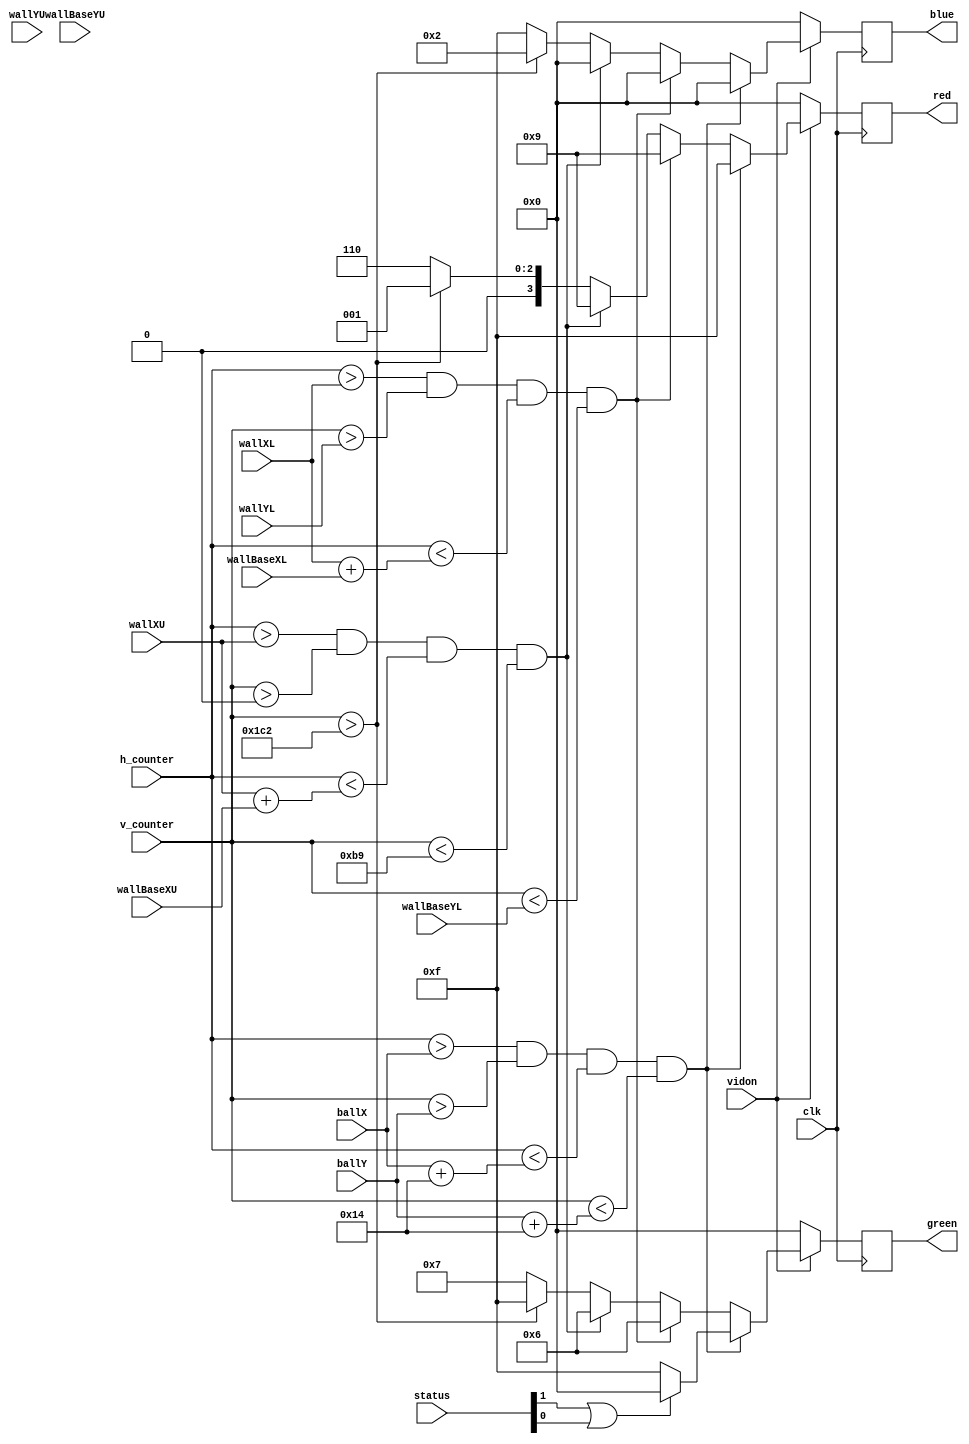
`timescale 1ns / 1ps
//////////////////////////////////////////////////////////////////////////////////
// Company: 
// Engineer: 
// 
// Design Name: 
// Module Name:    renderer 
// Project Name: 
// Target Devices: 
// Tool versions: 
// Description: 
//
// Dependencies: 
//
// Revision: 
// Revision 0.01 - File Created (vga_stripes)
// Additional Comments: 
//
//////////////////////////////////////////////////////////////////////////////////

module renderer(
    input clk,
    input vidon,
    input [9:0] h_counter,
    input [9:0] v_counter,
    input [9:0] ballX, ballY,
    input [9:0] wallXL,wallXU, wallBaseXL, wallBaseXU,
    input [9:0] wallYL, wallYU, wallBaseYL, wallBaseYU,
    input [15:0] status,
    output reg [3:0] red,
    output reg [3:0] green,
    output reg [3:0] blue
);

    parameter BALL_XSIZE = 20;  // Ball width
    parameter BALL_YSIZE = 20;  // Ball height
    parameter SKYBOUND = 450;

    // Logic for ball rendering
    always @(posedge clk) begin
        if (vidon) begin
            
            // Player
            if (h_counter > ballX && v_counter > ballY && h_counter < ballX + BALL_XSIZE && v_counter < ballY + BALL_YSIZE) begin
                if (status[1] == 1 || status[0] == 1) begin
                    red <= 15;
                    blue <= 0;
                    green <= 0;
                end else begin
                    red <= 15;
                    blue <= 0;
                    green <= 15;
                end
            
            // Lower walls
            end else if (   
                   h_counter > wallXL 
                && v_counter > wallYL 
                && h_counter < wallXL + wallBaseXL 
                && v_counter < wallBaseYL) begin
                red <= 9;
                blue <= 0;
                green <= 6;
                
            // Upper walls - Order Y checked is flipped
            end else if (   
                   h_counter > wallXU 
                && v_counter > 0 
                && h_counter < wallXU + wallBaseXU  
                && v_counter < 185
                ) begin
                red <= 9;
                blue <= 0;
                green <= 6;
                
            // Background
            end else begin
                
                // Draw ground
                if (v_counter > SKYBOUND) begin
                    red <= 1;
                    blue <= 2;
                    green <= 15;
                
                // Draw sky    
                end else begin
                    red <= 6;
                    blue <= 15;
                    green <= 7;
                end
            end
        end else begin
            red <= 0;
            green <= 0;
            blue <= 0;
        end
    end
endmodule